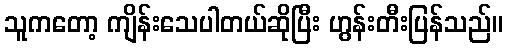
သူကတော့ ကျိန်းသေပါတယ်ဆိုပြီး ဟွန်းတီးပြန်သည်။